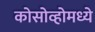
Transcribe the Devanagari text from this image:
कोसोव्होमध्ये